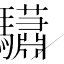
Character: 𩧓